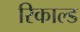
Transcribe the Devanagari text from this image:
रिकाल्ड